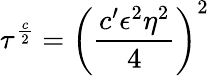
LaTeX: \tau^{\frac{c}{2}}=\left(\frac{c^{\prime}\epsilon^{2}\eta^{2}}{4}\right)^{2}